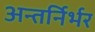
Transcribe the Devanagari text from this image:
अन्तर्निर्भर